Report on malaria in the Punjab during the year ...  together with an account of the work of the Punjab Malaria Bureau - Volume 6
Disease focus: Malaria
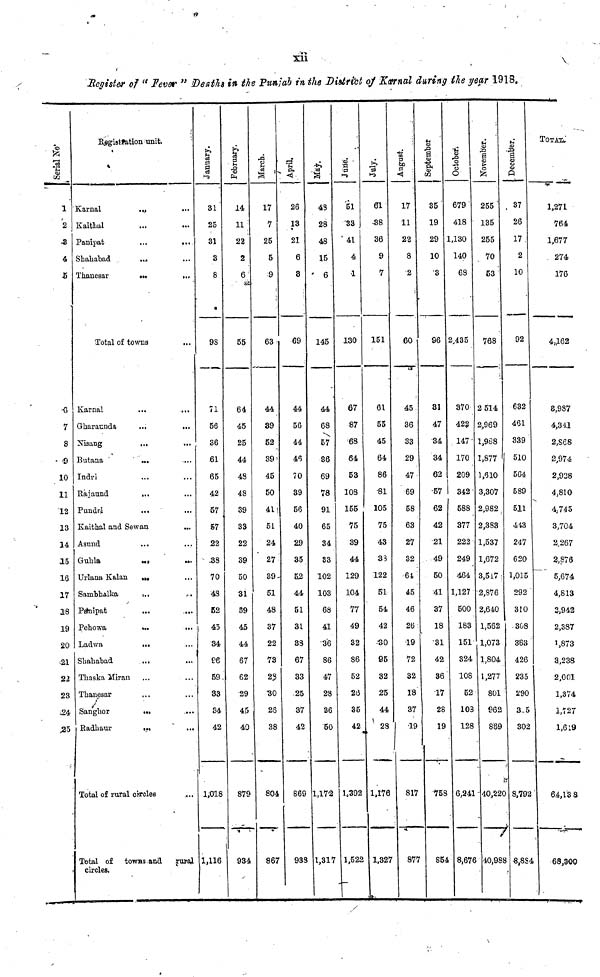
Xll
Register of " Fever " Deaths in tie Punjab in the District of Karnal during tie year 1918.
%
'u
<x>
CO
1
2
45
4
5
•G
7
8
10
11
12
13
14
15
16
17
IS
19
20
•21
22
23
*24
B^gistfation unit.
Karnal
. M
Kaithal
...
...
Panipat
...
...
Shahabad
...
Thanesar
..,
,.,
Total of towms
Karnal
...
...
Gharaunda
...
...
Xisang
...
Butana
...
Indri
Rajaund
,.,
Pundri
...
Kaithal and Sewan
Asund
...
Guhla
..}
u.
Urlana Kalan
,„
Sambhalka
i..
,.
Pgn5pat
...
....
Pehowa
»..
...
Ladwa
...
Shahabad
.,,
Thaska Miran
Thanesar
Sanglior
...
Radii aur
...
" ...
Total of rural circles
Total of towns and
rural
circles.
January.
31
25
31
3
8
a
9S
71
56
36
.61
65
42
57
57
22
• -38
70
48
52
i 45
34
ee
59
33
34
42
1,018
1,116
February
14
11
22
2
6
as
55
64
45
25
44
48
48
39
33
22
39
50
31
89
45
44
67
62
29
45
40
879
934
March.
17
7
25
5
9
63
44
89
52
39'
45
50
41 •
51
24
27
39-
51
48
37
22
73
23
B0
25
38
804
867
April.
26
13
21
6
3
69
44
56
44
46
70
39
56
40
29
35
62
44
51
3L
88
67
33
25
37
42
869
938
43
28
45
15
' 6
145
44
68
57
36
69
78
91
65
34
S3
102
103
68
41
3'6
86
47
23
36
50
1,172
1,317
-o -
"O
i-i
'51
33
' 41
4
•1
130
67
87
68
64
53
108
155
75
39
44
129
104
77
49
32
86
52
2(3
85
42
1,392
1,522
01
•38
36
9
7
151
61
55
45
64
86
"81
105
75
43
33
122
51
54
42
-•so
95
32
25
44
' 23
1,176
1,327
i If*
August*.
17
11
22
8
2
60
45
36
33
29
47
69
58
63
27
32
64
45
46
26
19
72
S2
18
37
•19
817
877
1 Septemb
35
19
29
10
3
96
81
47
34
34
62
•57
62
42
21
49
50
41
37
18
31
42
36
17
28
19
758
S54
October-
679
418
1,130
140
68
2,435
370
422
147-
170
209
342
588
377
222
249
464
1,127
500
183
151
324
108
52
103
128
6,241
8,676
u
M
a
255'
135
255
70
53
768
2 514
2,969
1,988
1,877
1,610
3,307
2,982
2,383
1,537
1,672
3,5i7
•2,876
2,640
1,562
1,073
1,804
1,277
801
962
889
- 4O,22(
40,98$
•%
<D
U
O>
A
37
26
17
2
10
92
632
461
339
510
564
589
511
443
247
620
1,015
292
310
308
363
426
235
290
3-5
302
8,792
•8,884
TOTATi.'
1,271
764
1,677
274
176
4J62
8,987
4,3 dl
2,S68
2,974
2,928
4,810
4 ; 74 5
3,704
2,267
2,876~
5,674
4,813
3,942
2,387
1,873
3,238
2,001
1,374
1,127
1,619
64,13 8
68,3-QQ